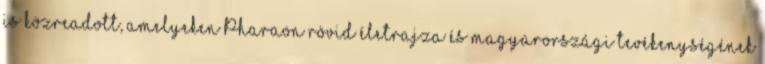
is közreadott, amelyeken Pharaon rövid életrajza és magyarországi tevékenységének